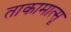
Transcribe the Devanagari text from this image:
ताकामात्सू